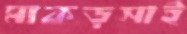
মাকড়সাই